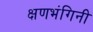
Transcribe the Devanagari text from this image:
क्षणभंगिनी